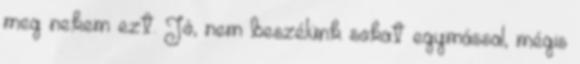
meg nekem ezt. Jó, nem beszélünk sokat egymással, mégis